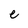
Character: e